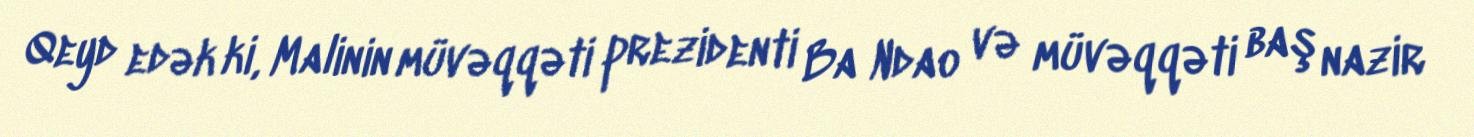
Qeyd edək ki, Malinin müvəqqəti prezidenti Ba Ndao və müvəqqəti baş nazir